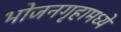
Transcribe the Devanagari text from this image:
भोजनगृहामध्ये